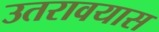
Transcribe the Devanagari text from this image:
उतरावयास